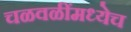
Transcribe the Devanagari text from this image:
चळवळींमध्येच